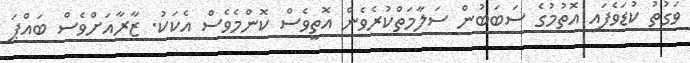
ވަަގުތު ކުޑަވެފައި އޮތުމުގެ ސަަަަަަަަަަަަަަަަަަބަބުން ސަލާމަތްކުރެވެން އޮތީވެސް ކޮންމެވެސް އެކަކު. ޒާރާއަށްވެސް ބައްޕަ